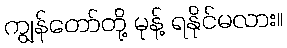
ကျွန်တော်တို့ မုန့် ရနိုင်မလား။